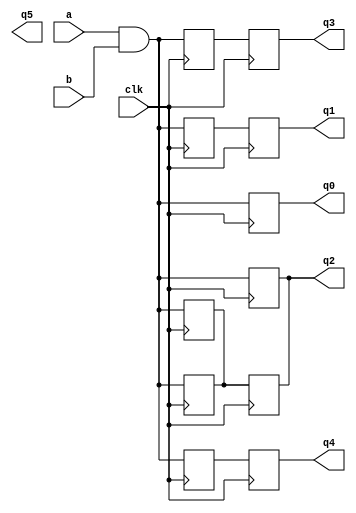
//Listing 7.6
//Chapter 7
//Page 181
//Copyright 2008

module ab_ff_all
    (
     input wire clk,
     input wire a, b, 
     output reg q0, q1, q2, q3, q4, q5
    );
    
    reg ab0, ab1, ab2, ab3, ab4, ab5;
    
    // attempt 0
    always @(posedge clk)
    begin
        ab0 = a & b;
        q0 <= ab0;
    end                         // Desired circuit
    
    // attempt 1
    always @(posedge clk)
    begin                       // ab1_entry = ab; q1_entry = q1;
        ab1 <= a & b;           // ab1_exit = a & b;
        q1 <= ab1;              // q1_exit = ab1_entry
    end                         // ab1 = ab1_exit;  q1 = q1_exit
                                // Delay of one cycle
    
    // attempt 2
    always @(posedge clk)
    begin
        ab2 = a & b;
        q2 = ab2;
    end                         // not recommended, the blocking 
                                // assignment may create a race condition
    
    // attempt 3  (switch the order of attempt 0)
    always @(posedge clk)
    begin
        q3 <= ab3;
        ab3 = a & b;
    end                         // additional register created, delay of one cycle
    
    // attempt 4  (switch the order of attempt 1)
    always @(posedge clk)
    begin                       // ab4_entry = ab; q4_entry = q4;    
        q4 <= ab4;              // q4_exit = ab4_entry
        ab4 <= a & b;           // ab4_exit = a & b;
    end                         // ab4 = ab4_exit; q4 = q4_exit;
                                // Same as attempt 1, delay of 1 cycle
    
    // attempt 5 (switch the order of attempt 2)
    always @(posedge clk)
    begin
        q2 = ab2;
        ab2 = a & b;
    end                         // register inferred, will create delay of one cycle
    
endmodule           // ab_ff_all